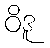
ဝိဒူ